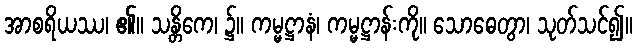
အာစရိယဿ၊ ၏။ သန္တိကေ၊ ၌။ ကမ္မဋ္ဌာနံ၊ ကမ္မဋ္ဌာန်းကို။ သောဓေတွာ၊ သုတ်သင်၍။